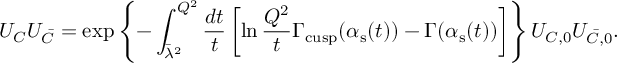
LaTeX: U _ { C } U _ { \bar { C } } = \exp \left\{ - \int _ { \bar { \lambda } ^ { 2 } } ^ { Q ^ { 2 } } \frac { d t } { t } \left[ \ln { \frac { Q ^ { 2 } } { t } } \Gamma _ { \mathrm { c u s p } } ( \alpha _ { \mathrm { s } } ( t ) ) - \Gamma ( \alpha _ { \mathrm { s } } ( t ) ) \right] \right\} U _ { C , 0 } U _ { \bar { C } , 0 } .